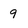
Character: 9